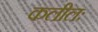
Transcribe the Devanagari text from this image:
कलीलः